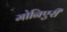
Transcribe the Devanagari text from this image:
मोनिएरी